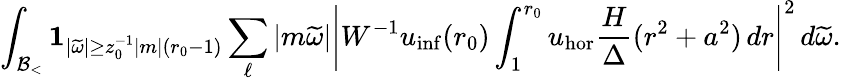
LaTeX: \int_{{\mathcal{B}_{<}}}\mathbf{1}_{|\widetilde{\omega}|\geq z_{0}^{-1}|m|(r_{0}-1)}\sum_{\ell}|m\widetilde{\omega}|\left|W^{-1}u_{\mathrm{inf}}(r_{0})\int_{1}^{r_{0}}u_{\mathrm{hor}}\frac{H}{\Delta}(r^{2}+a^{2})\, dr\right|^{2}\, d\widetilde{\omega}.